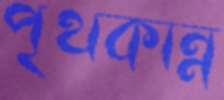
পৃথকান্ন